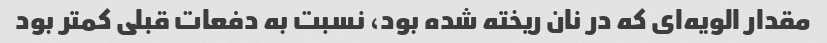
مقدار الویه‌ای که در نان ریخته شده بود، نسبت به دفعات قبلی کمتر بود